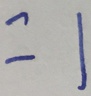
= 1